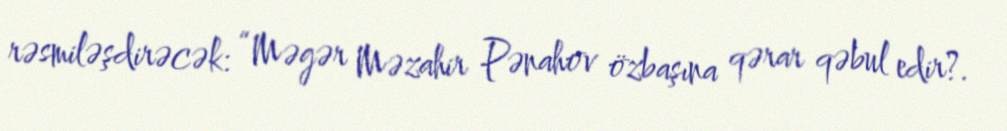
rəsmiləşdirəcək: “Məgər Məzahir Pənahov özbaşına qərar qəbul edir?.